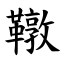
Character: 䪃